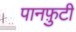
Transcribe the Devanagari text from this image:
पानफ़ुटी